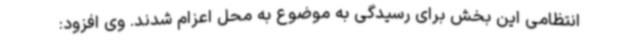
انتظامی این بخش برای رسیدگی به موضوع به محل اعزام شدند. وی افزود: